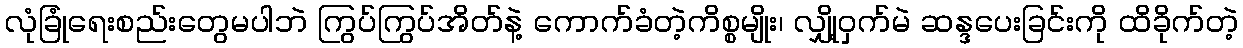
လုံခြုံရေးစည်းတွေမပါဘဲ ကြွပ်ကြွပ်အိတ်နဲ့ ကောက်ခံတဲ့ကိစ္စမျိုး၊ လျှို့ဝှက်မဲ ဆန္ဒပေးခြင်းကို ထိခိုက်တဲ့